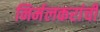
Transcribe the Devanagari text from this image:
निर्मलकरांची